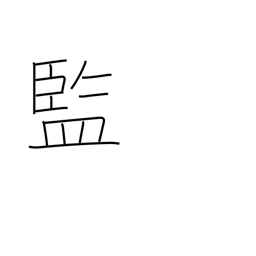
Meaning: official